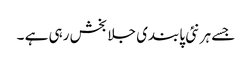
جسے ہر نئی پابندی جلا بخش رہی ہے ۔